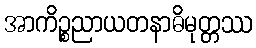
အာကိဉ္စညာယတနာဓိမုတ္တဿ